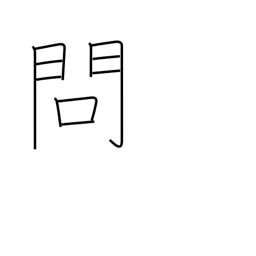
Meaning: problem